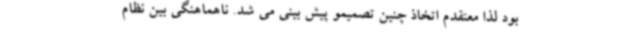
بود لذا معتقدم اتخاذ چنین تصمیمو پیش بینی می شد. ناهماهنگی بین نظام